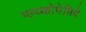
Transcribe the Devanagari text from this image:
ग्ल्य्कोपेप्तिदे